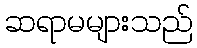
ဆရာမများသည်